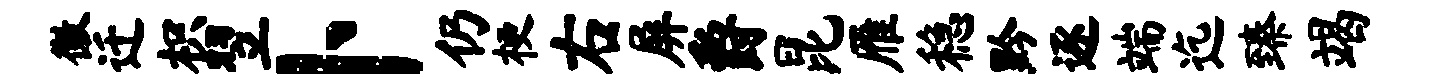
徽迁枳翌卜仍梗右屏爵昆雁稳黔逐端迄臻竭